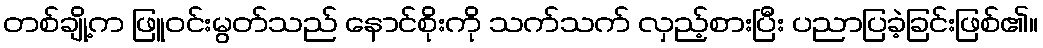
တစ်ချို့က ဖြူဝင်းမွတ်သည် နောင်စိုးကို သက်သက် လှည့်စားပြီး ပညာပြခဲ့ခြင်းဖြစ်၏။